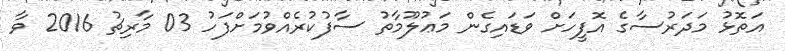
އަތޮޅު މަދަރުސާގެ އޮފީހަށް ވަޑައިގެން މަޢުލޫމާތު ސާފުކުރެއްވުމަށްފަހު 03 މާރިޗު 2016 ވާ